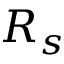
R _ { s }